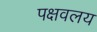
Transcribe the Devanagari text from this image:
पक्षवलय